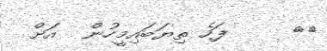
٦٢     ފަހެ ތިޔަބައިމީހުން  އަށް